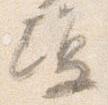
場